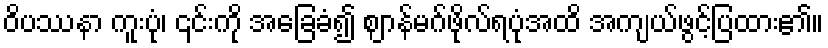
ဝိပဿနာ ကူးပုံ၊ ၎င်းကို အခြေခံ၍ ဈာန်မဂ်ဖိုလ်ရပုံအထိ အကျယ်ဖွင့်ပြထား၏။